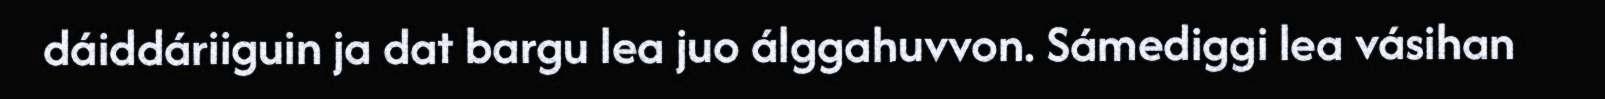
dáiddáriiguin ja dat bargu lea juo álggahuvvon. Sámediggi lea vásihan